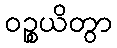
ဝဉ္စယိတွာ